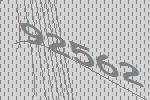
92562